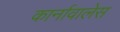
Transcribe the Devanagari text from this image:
कार्नावालेस